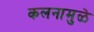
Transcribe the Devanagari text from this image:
कलनामुळे